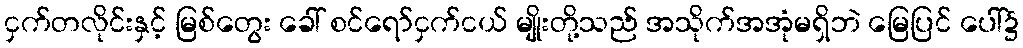
ငှက်တလိုင်းနှင့် မြစ်တွေး ခေါ် စင်ရော်ငှက်ငယ် မျိုးတို့သည် အသိုက်အအုံမရှိဘဲ မြေပြင် ပေါ်၌